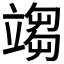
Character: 𥪥